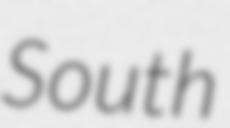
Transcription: South